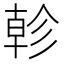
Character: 𢒨